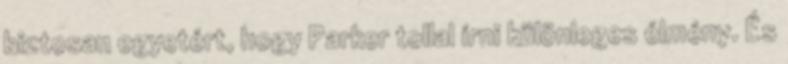
biztosan egyetért, hogy Parker tollal írni különleges élmény. És